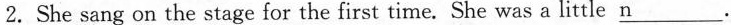
2. She sang on the stage for the first time. She was a little \underline{n} .